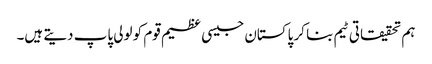
ہم تحقیقاتی ٹیم بنا کر پاکستان جیسی عظیم قوم کو لولی پاپ دیتے ہیں۔